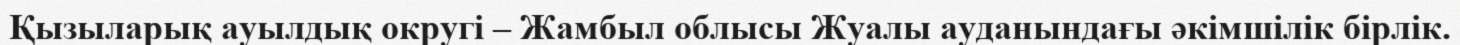
Қызыларық ауылдық округі – Жамбыл облысы Жуалы ауданындағы әкімшілік бірлік.